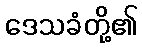
ဒေသခံတို့၏